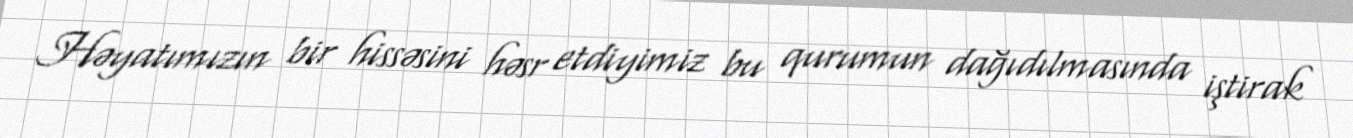
Həyatımızın bir hissəsini həsr etdiyimiz bu qurumun dağıdılmasında iştirak